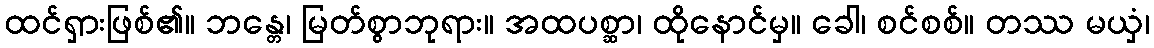
ထင်ရှားဖြစ်၏။ ဘန္တေ၊ မြတ်စွာဘုရား။ အထပစ္ဆာ၊ ထိုနောင်မှ။ ခေါ၊ စင်စစ်။ တဿ မယှံ၊